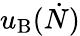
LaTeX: u_{\mathrm{B}}(\dot{N})